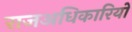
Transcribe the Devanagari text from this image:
राजअधिकारियों